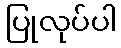
ပြုလုပ်ပါ